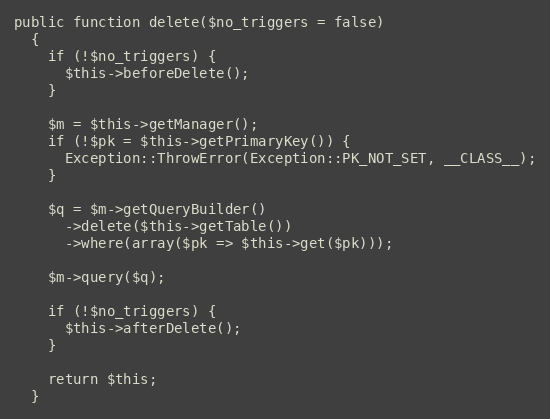
Language: PHP
public function delete($no_triggers = false)
  {
    if (!$no_triggers) {
      $this->beforeDelete();
    }

    $m = $this->getManager();
    if (!$pk = $this->getPrimaryKey()) {
      Exception::ThrowError(Exception::PK_NOT_SET, __CLASS__);
    }

    $q = $m->getQueryBuilder()
      ->delete($this->getTable())
      ->where(array($pk => $this->get($pk)));

    $m->query($q);

    if (!$no_triggers) {
      $this->afterDelete();
    }

    return $this;
  }